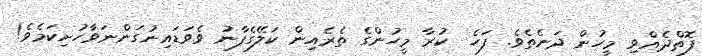
ފޮތްދެއްވި މީހުން ދަނެތެވެ. ފަހެ  ކުރާ މީހުންގެ ތެރެއިން ކަލޭގެފާނު ވެވަޑައިނުގަންނަވާހުށިކަމެވެ!